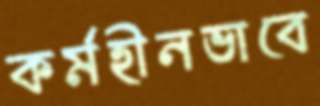
কর্মহীনভাবে